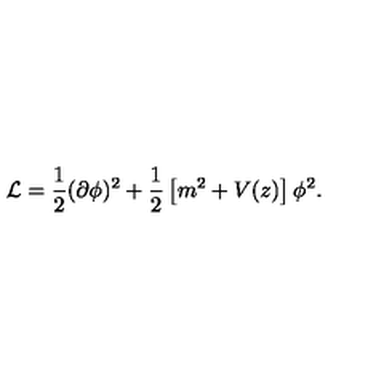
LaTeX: { \cal L } = \frac { 1 } { 2 } ( \partial \phi ) ^ { 2 } + \frac { 1 } { 2 } \left[ m ^ { 2 } + V ( z ) \right] \phi ^ { 2 } .